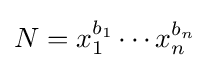
N=x_{1}^{b_{1}}\cdots x_{n}^{b_{n}}